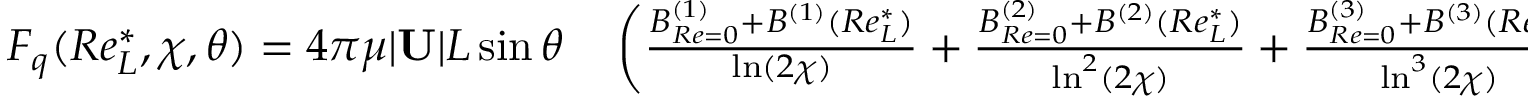
\begin{array} { r l } { F _ { q } ( R e _ { L } ^ { * } , \chi , \theta ) = 4 \pi \mu | \mathbf { U } | L \sin \theta } & { { } \left( \frac { B _ { R e = 0 } ^ { ( 1 ) } + B ^ { ( 1 ) } ( R e _ { L } ^ { * } ) } { \ln ( 2 \chi ) } + \frac { B _ { R e = 0 } ^ { ( 2 ) } + B ^ { ( 2 ) } ( R e _ { L } ^ { * } ) } { \ln ^ { 2 } ( 2 \chi ) } + \frac { B _ { R e = 0 } ^ { ( 3 ) } + B ^ { ( 3 ) } ( R e _ { L } ^ { * } ) } { \ln ^ { 3 } ( 2 \chi ) } \right. } \end{array}